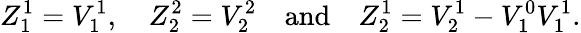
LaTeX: Z_{1}^{1}=V_{1}^{1},\quad Z_{2}^{2}=V_{2}^{2}\quad\mathrm{and}\quad Z_{2}^{1}=V_{2}^{1}-V_{1}^{0}V_{1}^{1}.